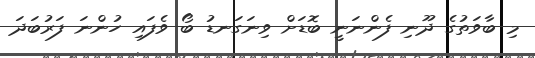
މި ބާވަތުގެ ދޫނި ފެންނަނީ ބޮޑަށް ވިނަގަނޑު ބޯ ވެފައި ހުންނަ ފަރުބަދަ